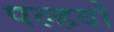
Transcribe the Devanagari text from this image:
पल्हवों